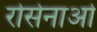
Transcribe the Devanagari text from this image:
रोसेनाओ